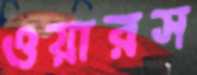
ওয়ারস